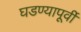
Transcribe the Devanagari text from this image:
घडण्यापूर्वी